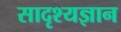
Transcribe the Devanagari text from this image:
सादृश्यज्ञान